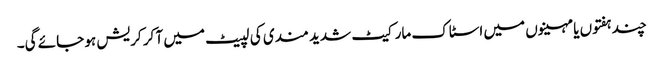
چند ہفتوں یا مہینوں میں اسٹاک مارکیٹ شدید مندی کی لپیٹ میں آ کر کریش ہو جائے گی۔